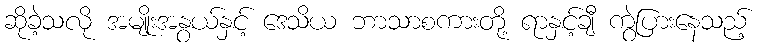
ဆိုခဲ့သလို အမျိုးအနွယ်နှင့် ဒေသိယ ဘာသာစကားတို့ ရာနှင့်ချီ ကွဲပြားနေသည့်